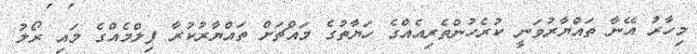
މިހާރު އޭނާ ތައްޔާރުވަނީ ކުރެހުންތެރިއެއްގެ ހަޔާތުގެ މައްޗަށް ތައްޔާރުކުރާ ފިލްމެއްގެ މައި ރޯލު